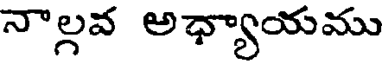
నాల్గవ అధ్యాయము